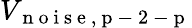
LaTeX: V_{\mathrm{~n~o~i~s~e~,~p~-~2~-~p~}}